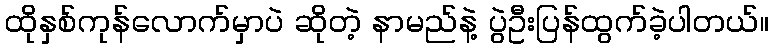
ထိုနှစ်ကုန်လောက်မှာပဲ ဆိုတဲ့ နာမည်နဲ့ ပွဲဦးပြန်ထွက်ခဲ့ပါတယ်။